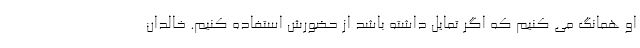
او همانگ می کنیم که اگر تمایل داشته باشد از حضورش استفاده کنیم. خالدان